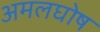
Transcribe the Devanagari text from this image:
अमलघोष